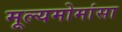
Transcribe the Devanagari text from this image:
मूल्यमोमांसा